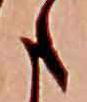
た